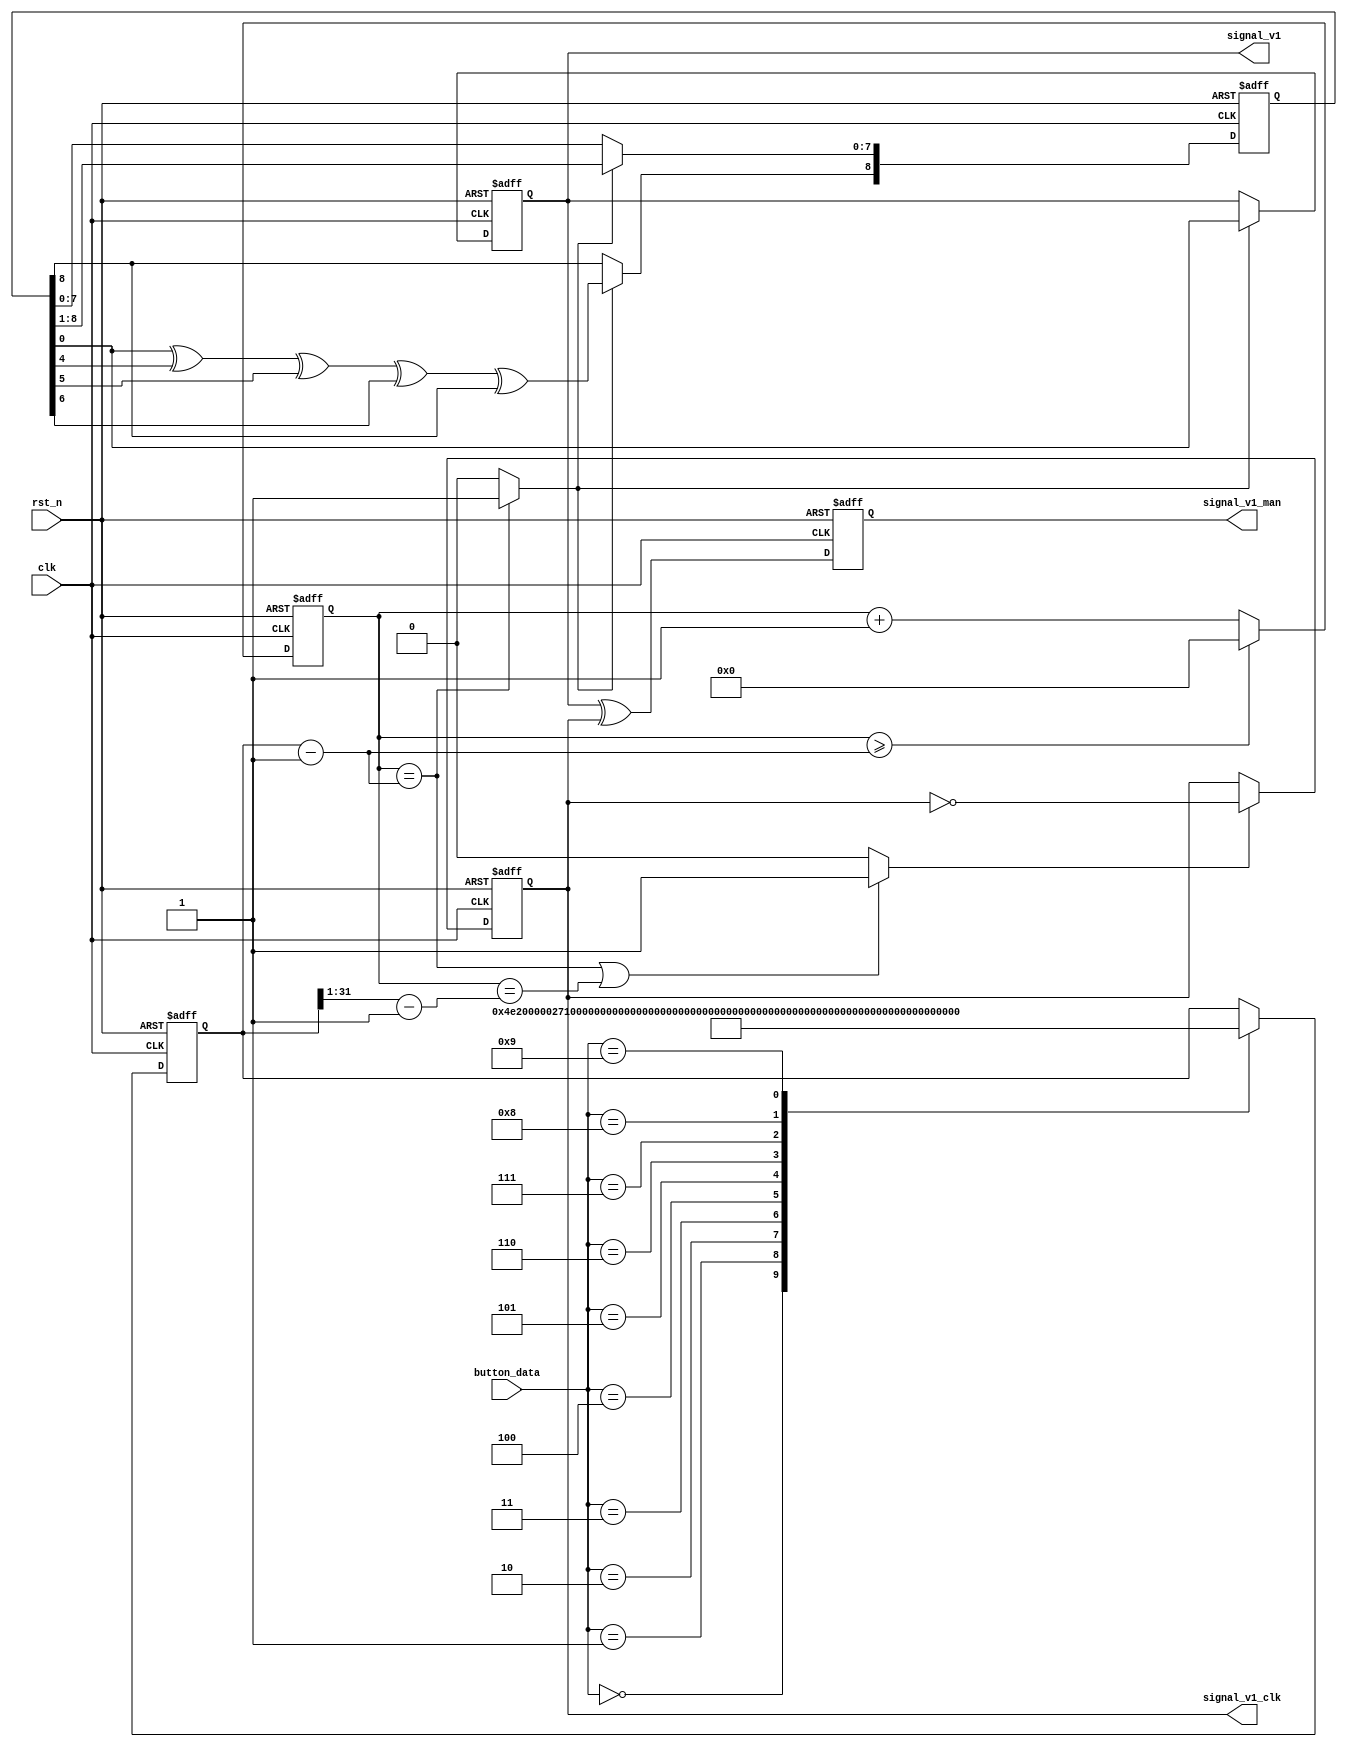
/*-----------------------------------------------------------------------

Date				:		2017-XX-XX
Description			:		Design for .

-----------------------------------------------------------------------*/

module M_1
(
	//global clock
	input					clk,			//system clock
	input					rst_n,     		//sync reset
	
	//button interface
	input			[3:0]	button_data,

	//sig interface

	output	reg				signal_v1,		//
	output	reg				signal_v1_clk,
	output	reg				signal_v1_man
	
); 


//--------------------------------
//Funtion : 
reg			[31:0]			cnt_v_number;

always @(posedge clk or negedge rst_n)
begin
	if(!rst_n)
		cnt_v_number <= 0;
	else
		case(button_data)
			4'd0 : cnt_v_number <= 5000<<2;	//10k
			4'd1 : cnt_v_number <= 2500<<2;	//20K			
			4'd2 : cnt_v_number <= 1666<<2;	//30K
			4'd3 : cnt_v_number <= 1250<<2;	//40K
			4'd4 : cnt_v_number <= 1000<<2;	//50K
			4'd5 : cnt_v_number <= 833 <<2;		//60K
			4'd6 : cnt_v_number <= 714 <<2;		//70K
			4'd7 : cnt_v_number <= 625 <<2;		//80K
			4'd8 : cnt_v_number <= 555 <<2;	//90K
			4'd9 : cnt_v_number <= 500 <<2;	//100K
			default : ;
		endcase
end

//--------------------------------
//Funtion : signal_v1_clk
reg		[31:0]		cnt_v;
wire				signal_v1_clk_en;
wire				signal_v1_en;
always @(posedge clk or negedge rst_n)
begin
	if(!rst_n)
		cnt_v <= 0;
	else if(cnt_v >= cnt_v_number - 1)
		cnt_v <= 0;
	else
		cnt_v <= cnt_v + 1;
end

assign	signal_v1_clk_en = (cnt_v == cnt_v_number - 1 || cnt_v == (cnt_v_number >> 1) - 1) ? 1 : 0;
assign	signal_v1_en     = (cnt_v == cnt_v_number - 1) ? 1 : 0;
//--------------------------------
//Funtion : M1 clk
always @(posedge clk or negedge rst_n)
begin
	if(!rst_n)
		signal_v1_clk <= 0;
	else if(signal_v1_clk_en)
		signal_v1_clk <= ~signal_v1_clk;
	else
		signal_v1_clk <= signal_v1_clk;
end

//--------------------------------
//Funtion : signal_v1


reg		[8:0]	shift;

always @(posedge clk or negedge rst_n)
begin
	if(!rst_n)
	begin
		shift <= 9'b1_0000_0000;
		signal_v1 <= 0;
	end
	else if(signal_v1_en)
	begin
		shift     <= shift >> 1;
		shift[8]  <= (shift[0] ^ shift[4] ^ shift[5] ^ shift[6] ^ shift[8]);
		signal_v1 <= shift[0];
	end
	else
	begin
		shift <= shift;
		signal_v1   <= signal_v1;
	end
end

//--------------------------------
//Funtion : signal_v1  
always @(posedge clk or negedge rst_n)
begin
	if(!rst_n)
		signal_v1_man <= 0;
	else
		signal_v1_man <= signal_v1 ^ signal_v1_clk;
end

endmodule